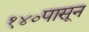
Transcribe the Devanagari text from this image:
१४०पासून